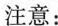
注意：